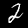
Digit: 2